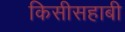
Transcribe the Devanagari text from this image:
किसीसहाबी